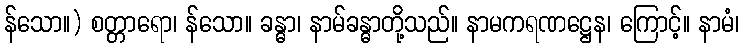
န်သော။) စတ္တာရော၊ န်သော။ ခန္ဓာ၊ နာမ်ခန္ဓာတို့သည်။ နာမကရဏဋ္ဌေန၊ ကြောင့်။ နာမံ၊